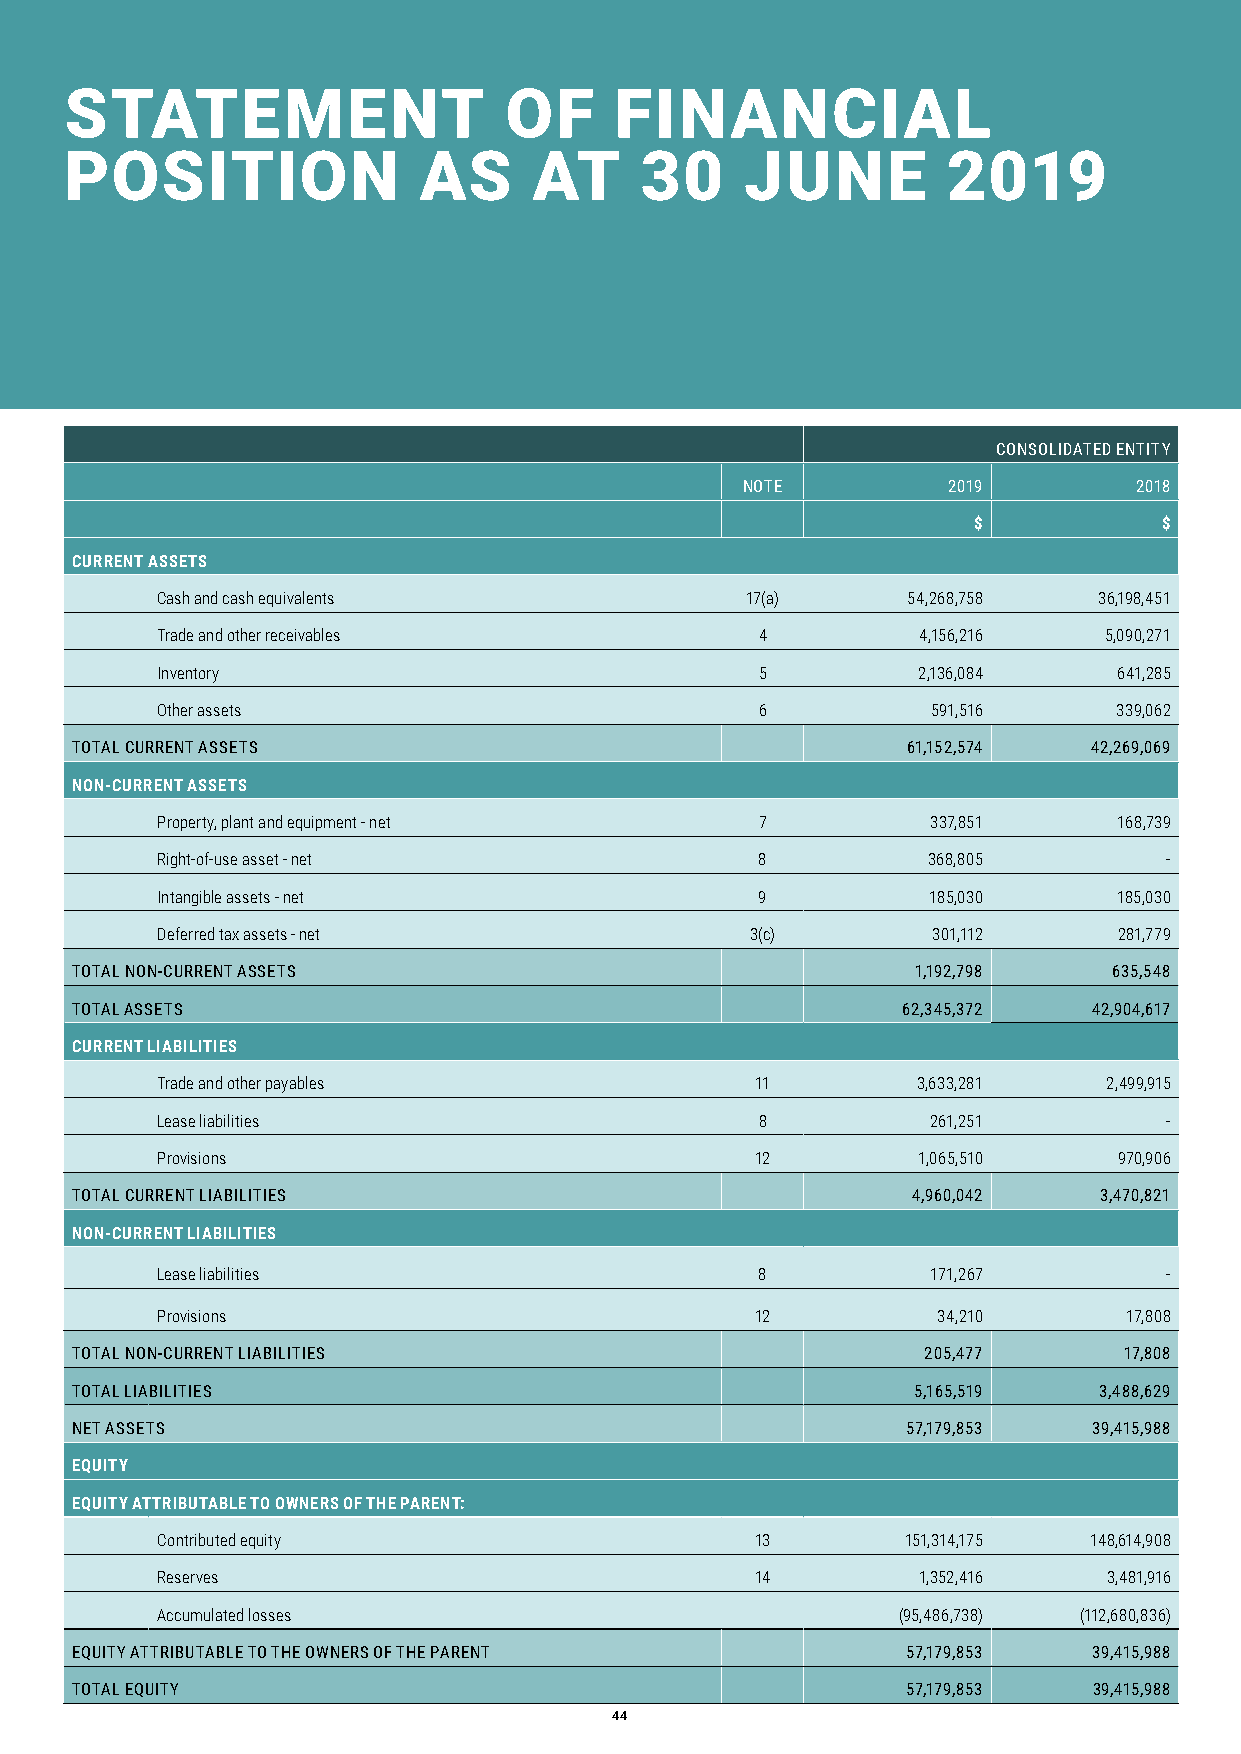
STATEMENT                    OF      FINANCIAL
 POSITION                AS     AT     30     JUNE          2019
 CONSOLIDATED ENTITY
 NOTE          2019        2018
 $            $
 CURRENT ASSETS
 Cash and cash equivalents              17(a)      54,268,758   36,198,451
 Trade and other receivables             4          4,156,216   5,090,271
 Inventory                               5          2,136,084    641,285
 Other assets                            6           591,516     339,062
 TOTAL CURRENT ASSETS                                   61,152,574  42,269,069
 NON-CURRENT ASSETS
 Property, plant and equipment - net     7           337,851     168,739
 Right-of-use asset - net                8          368,805         -
 Intangible assets - net                 9          185,030      185,030
 Deferred tax assets - net               3(c)        301,112     281,779
 TOTAL NON-CURRENT ASSETS                                1,192,798    635,548
 TOTAL ASSETS                                           62,345,372  42,904,617
 CURRENT LIABILITIES
 Trade and other payables                11         3,633,281   2,499,915
 Lease liabilities                       8           261,251        -
 Provisions                              12         1,065,510    970,906
 TOTAL CURRENT LIABILITIES                              4,960,042    3,470,821
 NON-CURRENT LIABILITIES
 Lease liabilities                       8           171,267        -
 Provisions                              12          34,210       17,808
 TOTAL NON-CURRENT LIABILITIES                           205,477      17,808
 TOTAL LIABILITIES                                       5,165,519   3,488,629
 NET ASSETS                                             57,179,853  39,415,988
 EQUITY
 EQUITY ATTRIBUTABLE TO OWNERS OF THE PARENT:
 Contributed equity                      13        151,314,175 148,614,908
 Reserves                                14         1,352,416   3,481,916
 Accumulated losses                               (95,486,738) (112,680,836)
 EQUITY ATTRIBUTABLE TO THE OWNERS OF THE PARENT        57,179,853  39,415,988
 TOTAL EQUITY                                           57,179,853  39,415,988
 44